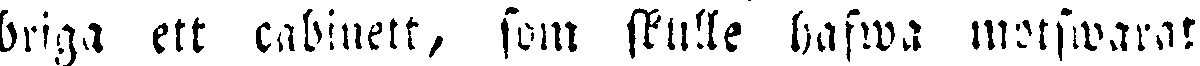
briga ett cabinett, som skulle hafwa motswarat